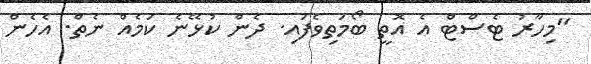
"މިހާރު ޓެސްޓް އެ އޮތީ ބޯމަތިވެފައި. ދެން ކުޅޭނެ ކަމެއް ނެތް. އެހެން